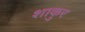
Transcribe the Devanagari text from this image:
शाकुर